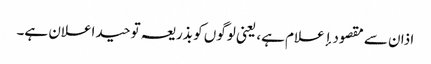
اذان سے مقصود إعلام ہے، یعنی لوگوں کو بذریعہ توحید اعلان ہے۔